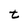
Character: t